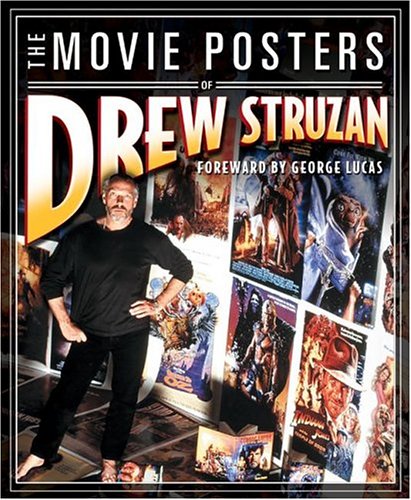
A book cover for The Movie Posters of Drew Struzan; Drew Struzan; Crafts, Hobbies & Home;